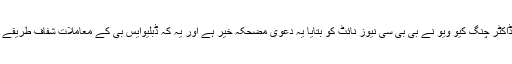
اے آئی بی اے کے صدر ڈاکٹر چنگ کیو ویو نے بی بی سی نیوز نائٹ کو بتایا یہ دعویٰ مضحکہ خیر ہے اور یہ کہ ڈبلیوایس بی کے معاملات شفاف طریقے سے انجام دیے جاتے ہیں۔